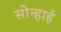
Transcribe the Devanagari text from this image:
सोन्हाई